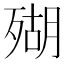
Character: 𱥒